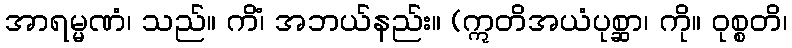
အာရမ္မဏံ၊ သည်။ ကိံ၊ အဘယ်နည်း။ (ဣတိအယံပုစ္ဆာ၊ ကို။ ဝုစ္စတိ၊